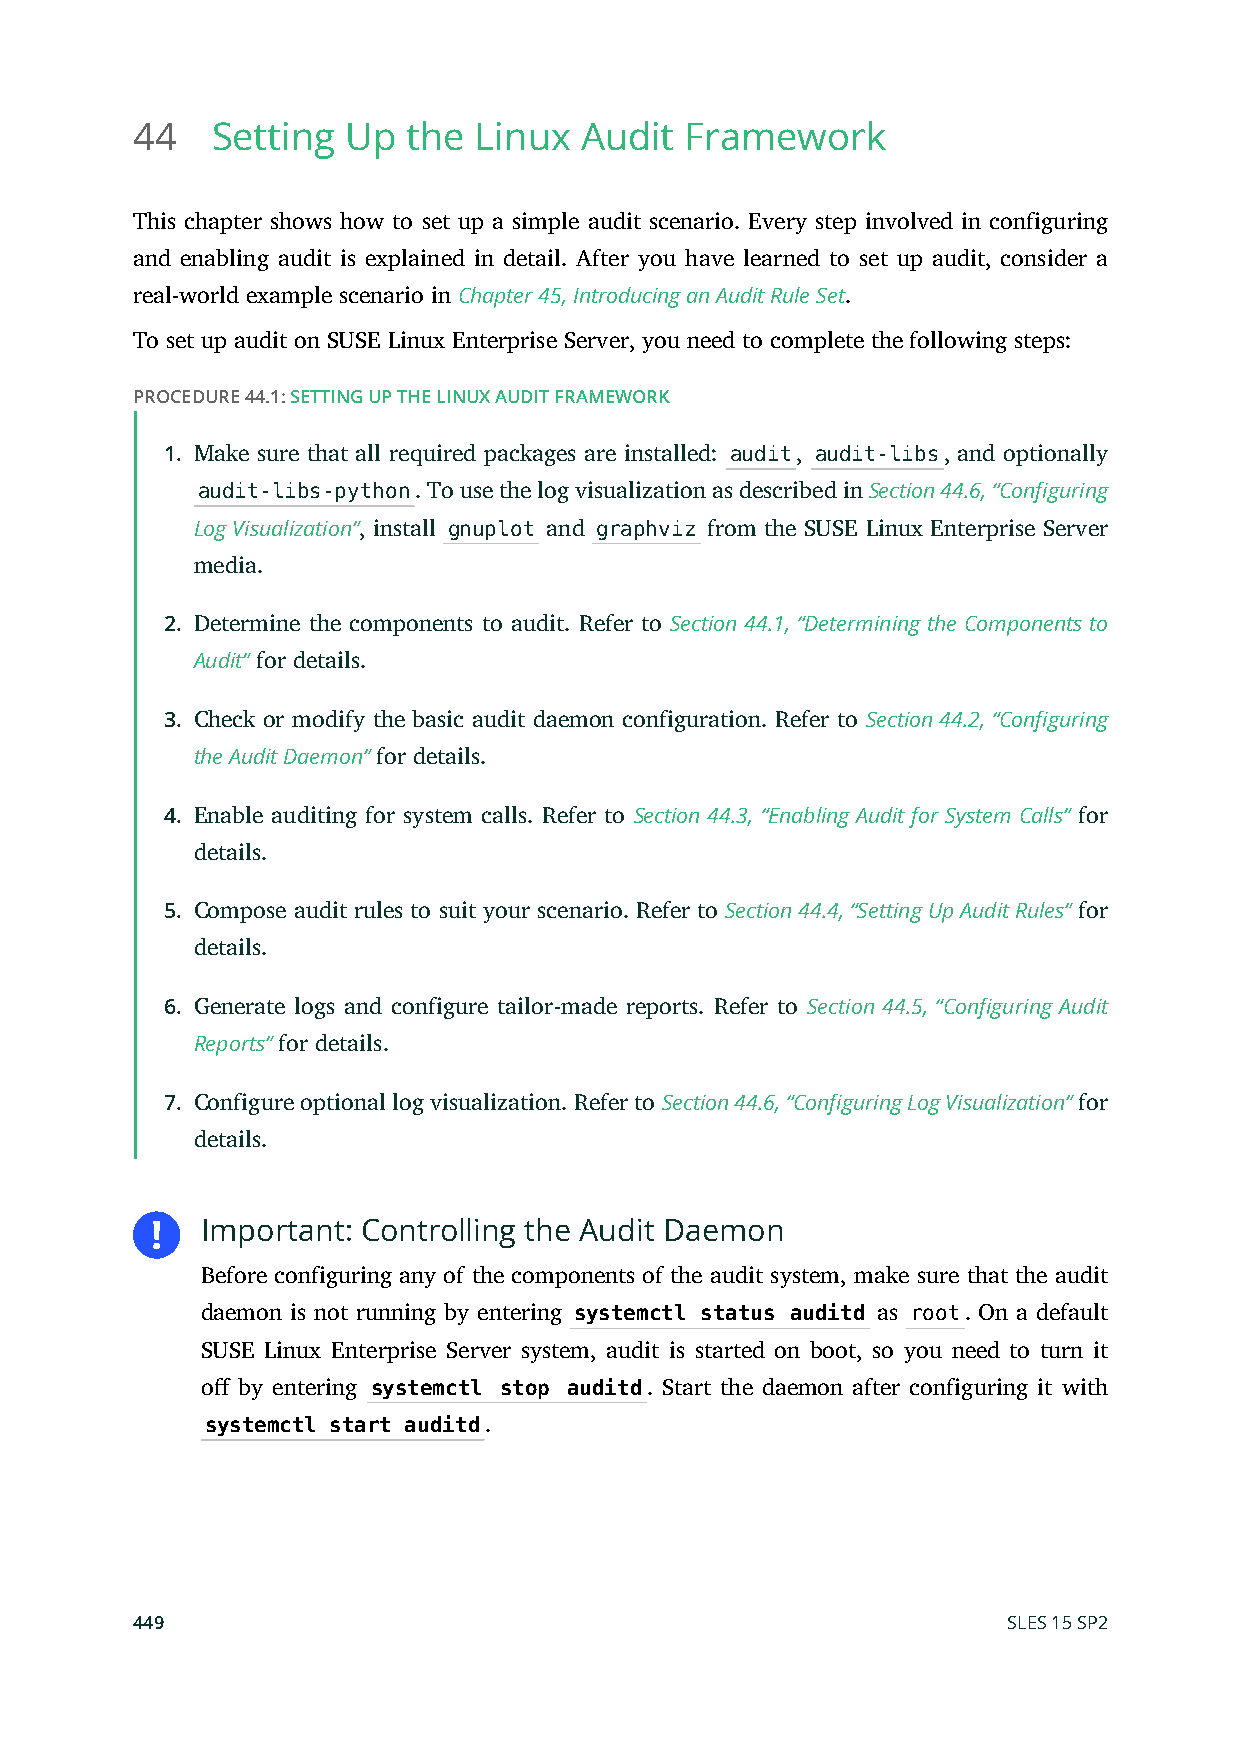
44   Setting  Up  the Linux  Audit  Framework
 This chapter shows how to set up a simple audit scenario. Every step involved in configuring
 and enabling audit is explained in detail. After you have learned to set up audit, consider a
 real-world example scenario in Chapter 45, Introducing an Audit Rule Set.
 To set up audit on SUSE Linux Enterprise Server, you need to complete the following steps:
 PROCEDURE 44.1: SETTING UP THE LINUX AUDIT FRAMEWORK
 1. Make sure that all required packages are installed: audit, audit-libs, and optionally
 audit-libs-python. To use the log visualization as described in Section 44.6, “Configuring
 Log Visualization”, install gnuplot and graphviz from the SUSE Linux Enterprise Server
 media.
 2. Determine the components to audit. Refer to Section 44.1, “Determining the Components to
 Audit” for details.
 3. Check or modify the basic audit daemon configuration. Refer to Section 44.2, “Configuring
 the Audit Daemon” for details.
 4. Enable auditing for system calls. Refer to Section 44.3, “Enabling Audit for System Calls” for
 details.
 5. Compose audit rules to suit your scenario. Refer to Section 44.4, “Setting Up Audit Rules” for
 details.
 6. Generate logs and configure tailor-made reports. Refer to Section 44.5, “Configuring Audit
 Reports” for details.
 7. Configure optional log visualization. Refer to Section 44.6, “Configuring Log Visualization” for
 details.
 Important: Controlling the Audit Daemon
 Before configuring any of the components of the audit system, make sure that the audit
 daemon is not running by entering systemctl status auditd as root. On a default
 SUSE Linux Enterprise Server system, audit is started on boot, so you need to turn it
 o by entering systemctl stop auditd. Start the daemon after configuring it with
 systemctl start auditd.
 449                                                       SLES 15 SP2